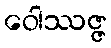
ဝေါဿဇ္ဇ